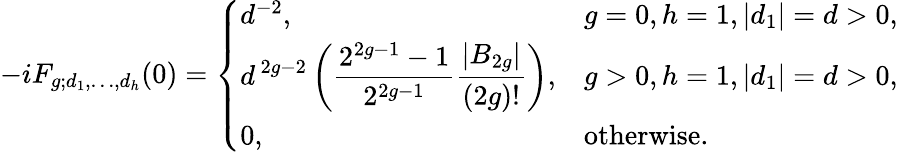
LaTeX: -iF_{g;d_{1},\ldots,d_{h}}(0)=\left\{ \begin{array}{ll}{{{d^{-2}},}}&{{g=0,h=1,|d_{1}|=d>0,}}\\ {{\displaystyle d^{\, 2g-2}\left({\frac{2^{2g-1}-1}{2^{2g-1}}}{\frac{|B_{2g}|}{(2g)!}}\right),}}&{{g>0,h=1,|d_{1}|=d>0,}}\\ {{0,}}&{{\mathrm{otherwise}.}}\end{array}\right.